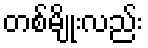
တစ်မျိုးလည်း